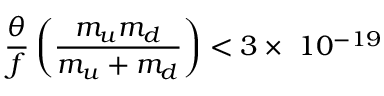
\frac { \theta } { f } \left( \frac { m _ { u } m _ { d } } { m _ { u } + m _ { d } } \right) < 3 \times ~ 1 0 ^ { - 1 9 }